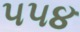
૫૫૪